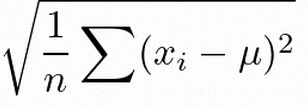
\sigma=\sqrt{\frac1n\sum(x_i-\mu)^2}